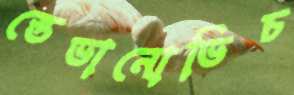
স্তেভানোভিচ